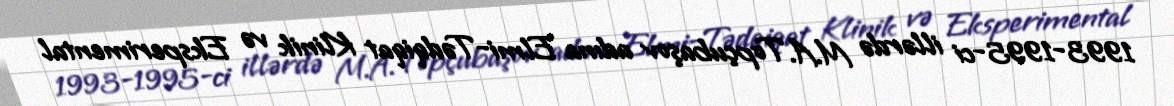
1993-1995-ci illərdə M.A.Topçubaşov adına Elmi-Tədqiqat Klinik və Eksperimental